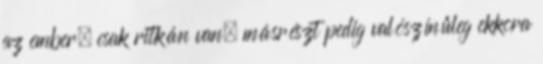
az ember, csak ritkán van, másrészt pedig valószínűleg ekkora